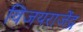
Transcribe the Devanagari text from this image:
विजयराजेंद्र